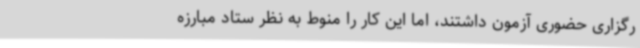
رگزاری حضوری آزمون داشتند، اما این کار را منوط به نظر ستاد مبارزه